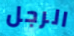
الرجل